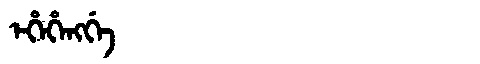
Manchu: ᡝᡥᡝᡥᡝᠩᡤᡝ
Romanization: EHEHENGGE